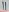
Text: 11